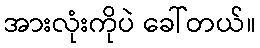
အားလုံးကိုပဲ ခေါ်တယ်။